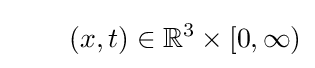
\qquad (x,t)\in \mathbb {R} ^{3}\times [0,\infty )